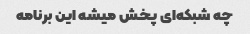
چه شبکه‌ای پخش میشه این برنامه